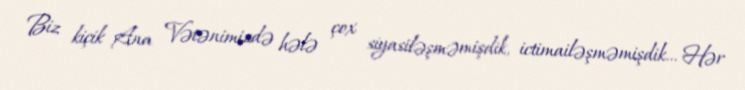
Biz kiçik Ana Vətənimizdə hələ çox siyasiləşməmişdik, ictimailəşməmişdik... Hər